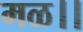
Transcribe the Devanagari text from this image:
मळ।।